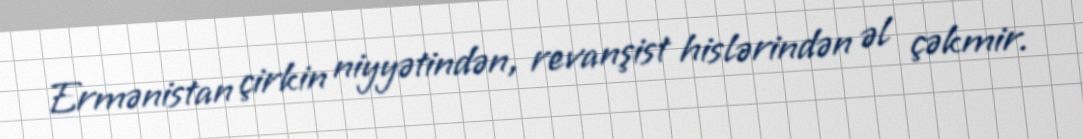
Ermənistan çirkin niyyətindən, revanşist hislərindən əl çəkmir.